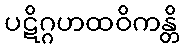
ပဋိဂ္ဂဟထဝိကန္တိ